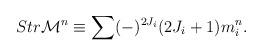
LaTeX: \begin{align*}Str {\cal M}^{n} \equiv \sum (-)^{2 J_{i}} (2 J_{i} + 1) m_{i}^{n}.\end{align*}